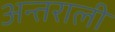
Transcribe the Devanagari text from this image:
अन्तराली